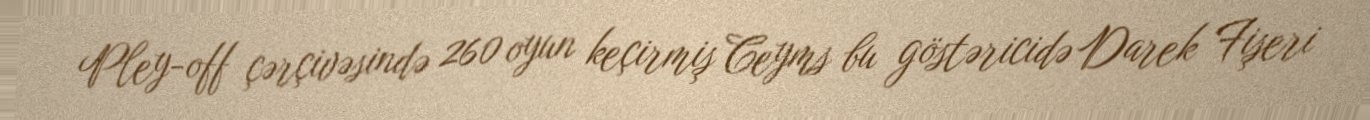
Pley-off çərçivəsində 260 oyun keçirmiş Ceyms bu göstəricidə Darek Fişeri